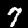
Digit: 7